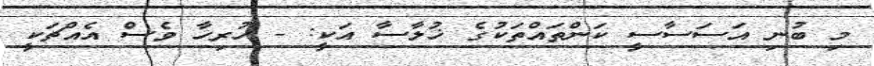
މި ބުނި އަސަސާސީ ކަންތައްތަކުގެ ޚުލާސާ އަކީ: - ހުރިހާ ވެސް އެއްޗަކީ